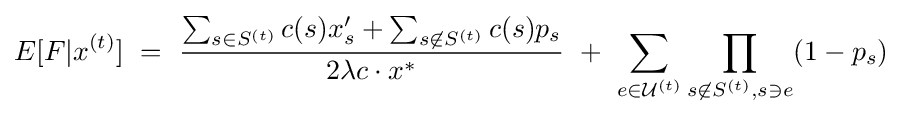
E[F|x^{(t)}]~=~{\frac {\sum _{s\in S^{(t)}}c(s)x'_{s}+\sum _{s\not \in S^{(t)}}c(s)p_{s}}{2\lambda c\cdot x^{*}}}~+~\sum _{e\in {\mathcal {U}}^{(t)}}\prod _{s\not \in S^{(t)},s\ni e}(1-p_{s})